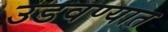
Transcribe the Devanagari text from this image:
उडवण्यात